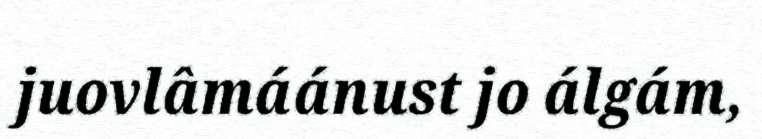
juovlâmáánust jo álgám,